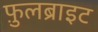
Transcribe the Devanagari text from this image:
फ़ुलब्राइट